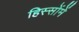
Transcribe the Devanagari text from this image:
हिस्सोंमें